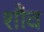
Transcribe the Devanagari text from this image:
शौव